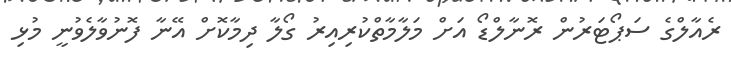
ރެއާލްގެ ސަޕޯޓަރުން ރޮނާލްޑޯ އަށް މަލާމާތްކުރިއިރު ގޯލާ ދިމާކޮށް އޭނާ ފޮނުވާލެވުނީ މުޅި